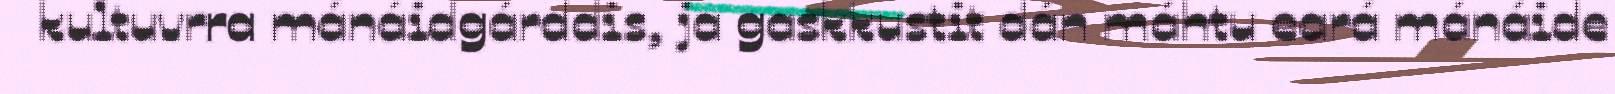
kultuvrra mánáidgárddis, ja gaskkustit dán máhtu eará mánáide